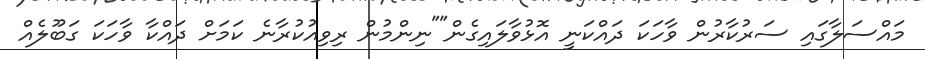
މައްސަލާގައި ސަރުކާރުން ވާހަކަ ދައްކަނީ އޮޅުވާލައިގެން""ނިންމުން ރިވިއުކުރާނެ ކަމަށް ދައްކާ ވާހަކަ ގަބޫލެއް